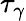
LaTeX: \tau_{\gamma}